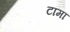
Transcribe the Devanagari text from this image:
टामा